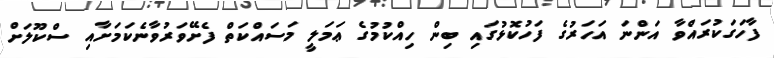
ފާހަގަކުރައްވާ އަންނަ އަހަރުގެ ފަހުކޮޅުގައި ބިން ހިއްކުމުގެ ޢަމަލީ މަސައްކަތް ފެށޭވަރުވާނެކަމަށާއި ސްކޫލަށް